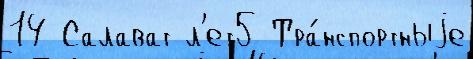
14 Салават л'ет5 Тра́нспортныjе